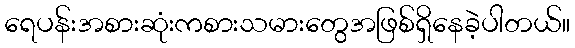
ရေပန်းအစားဆုံးကစားသမားတွေအဖြစ်ရှိနေခဲ့ပါတယ်။